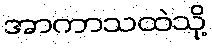
အာကာသထဲသို့